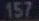
157